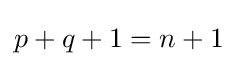
p+q+1=n+1